system: You are a helpful assistant.
user:
Analyze the provided spectrum to determine if it is a **White Dwarf (WD)**.

A White Dwarf spectrum is defined by its **extreme purity** (due to gravitational settling) and/or **extreme pressure broadening** (due to high surface gravity). You must check for one of the following mutually exclusive signatures:

- **Key Visual Indicators (Check for ONE of these types):**

    - **1. DA-Type Signature (Most Common):**
        - **(Primary Feature):** Extreme pressure broadening (Stark broadening) of the **Hydrogen (H) Balmer lines**.
        - **(Key Lines):** $H\beta$ (approx. $4861$ Å) and $H\gamma$ (approx. $4340$ Å). $H\alpha$ (approx. $6563$ Å) will also be present if the wavelength range covers it.
        - **(Line Profile):** This is the **defining feature**. The lines are **NOT** sharp. They appear as massive, **extremely broad and deep "troughs" or "dips"** in the spectrum, often hundreds of Ångströms wide. The continuum will appear to "scoop" down at these wavelengths.
        - **(Distinction):** Normal A-type or B-type stars have *narrow* and *sharp* Hydrogen lines. A DA White Dwarf's lines are unmistakably "smeared" or "blurry" from pressure.

    - **2. DB-Type Signature:**
        - **(Primary Feature):** Broad absorption lines from **Neutral Helium (He I)**. The spectrum must lack any visible Hydrogen lines.
        - **(Key Lines):** Look for broad absorption near $4471$ Å, $4921$ Å, and $5876$ Å.
        - **(Line Profile):** These lines are also significantly pressure-broadened, appearing much wider than they would in a normal B-type main-sequence star.

    - **3. DC-Type Signature:**
        - **(Primary Feature):** A **featureless continuous spectrum**.
        - **(Line Profile):** The spectrum is a smooth curve with **no significant absorption or emission lines**.
        - **(Key Confirmation):** The continuum is almost always **blue or white**, indicating a hot object. This signature implies the atmosphere is so pure (or so cool) that no spectral lines are visible in the optical range. Its WD identity is confirmed by its extremely low intrinsic brightness (high absolute magnitude).

    - **4. DZ-Type Signature (Metal-Polluted):**
        - **(Primary Feature):** **Isolated, narrow metal absorption lines** on an otherwise featureless (DC-like) continuum.
        - **(Key Lines):** The **Calcium (Ca II) H & K doublet** (approx. **$3934$ Å** and **$3968$ Å**) is the most common and defining feature.
        - **(Line Profile):** These lines are "out of place." They are *not* part of a "forest" of thousands of lines. This signature is evidence of recent *accretion* (pollution) from rocky debris.
        - **(Distinction):** Normal G/K/M stars have a *dense forest* of thousands of metal lines. A DZ has a *clean* continuum with *only a few* strong metal lines.

    - **5. DQ-Type Signature (Carbon-Polluted):**
        - **(Primary Feature):** Absorption bands from **Carbon (C₂ "Swan Bands" or atomic C I)**.
        - **(Key Lines - C₂):** Look for bandheads with a "saw-tooth" shape near $5635$ Å, **$5165$ Å** (strongest), and $4737$ Å.
        - **(Key Confirmation):** The underlying **continuum must be blue or white** (hot).
        - **(Distinction):** This is the critical difference from a **Carbon Star**, which has the *exact same* C₂ bands but on an extremely **red, cool** continuum.

- **(Overall Spectrum):**
    - The continuum (overall shape) is typically **blue-sloping** (brighter in the blue than the red), as most white dwarfs are very hot.
    - The spectrum will look "pure" or "simple," dominated by only *one* of the five signatures listed above.

Think first, call **spectral_visualization_tool** if needed to examine features in detail, then provide your final answer. Your response must adhere to the following strict rules:
1.  **Overall Structure:** Your response must follow the format `<think>...</think> <tool_call>...</tool_call> (if a tool is used) <answer>...</answer>`.
2.  **Tool Usage Constraint:** You may only make **one** tool call per turn.
3.  **Final Answer Format:** In the `<answer>` tag, your conclusion must be inside a `\boxed{}` command (e.g., `\boxed{YES}` or `\boxed{NO}`), followed by your justification.

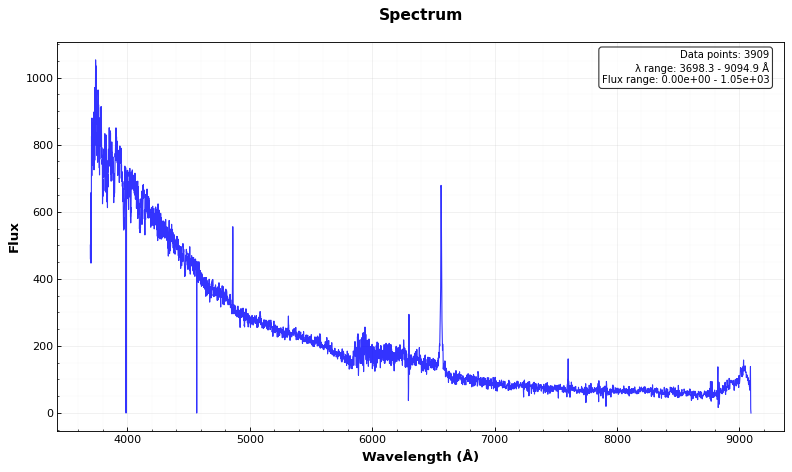
Answer: NO